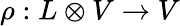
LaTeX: \rho:L\otimes V\rightarrow V